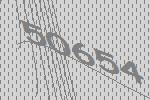
50654